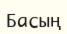
Басың